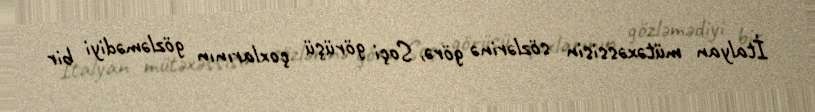
İtalyan mütəxəssisin sözlərinə görə, Soçi görüşü çoxlarının gözləmədiyi bir